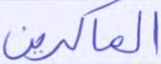
الماكرين